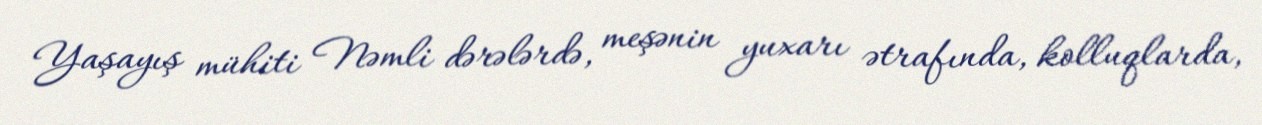
Yaşayış mühiti Nəmli dərələrdə, meşənin yuxarı ətrafında, kolluqlarda,